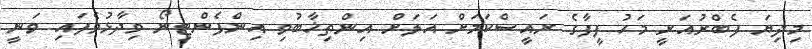
މިދިޔަ ފެބްރުއަރީ މަހު ފީފާގެ ރައީސްކަމަށް އަލަށް އިންތިޚާބުވި އިންފެންޓިނޯ ވިދާޅުވެފައި ވަނީ